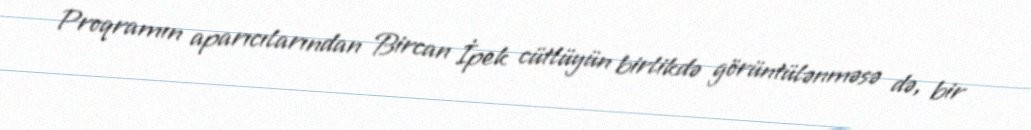
Proqramın aparıcılarından Bircan İpek cütlüyün birlikdə görüntülənməsə də, bir